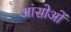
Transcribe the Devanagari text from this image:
आंसोओं